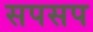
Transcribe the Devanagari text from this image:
सपसप